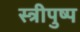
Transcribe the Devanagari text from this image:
स्त्रीपुष्प